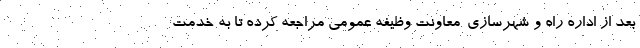
بعد از اداره راه و شهرسازی-معاونت وظیفه عمومی مراجعه کرده تا به خدمت